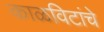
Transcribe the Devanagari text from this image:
काळविटांचे